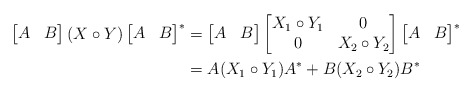
\begin{align*}\begin{bmatrix}A & B \end{bmatrix} ( X \circ Y ) \begin{bmatrix}A & B \end{bmatrix} ^*&=\begin{bmatrix}A & B \end{bmatrix} \begin{bmatrix}X_1 \circ Y_1&0\\0&X_2 \circ Y_2\end{bmatrix}\begin{bmatrix}A & B \end{bmatrix}^*\\&=A (X_1 \circ Y_1) A^* + B( X_2 \circ Y_2 ) B^*\end{align*}